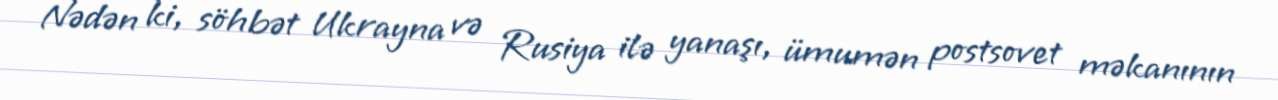
Nədən ki, söhbət Ukrayna və Rusiya ilə yanaşı, ümumən postsovet məkanının